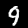
Digit: 9